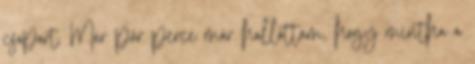
csoport. Már pár perce már hallottam, hogy mintha a